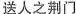
送人之荆门